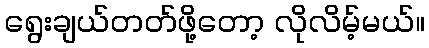
ရွေးချယ်တတ်ဖို့တော့ လိုလိမ့်မယ်။